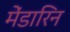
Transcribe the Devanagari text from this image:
मेंडारिन